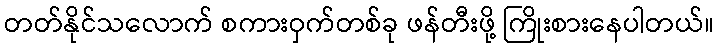
တတ်နိုင်သလောက် စကားဝှက်တစ်ခု ဖန်တီးဖို့ ကြိုးစားနေပါတယ်။